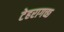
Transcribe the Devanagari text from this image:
टेहरागच्छ